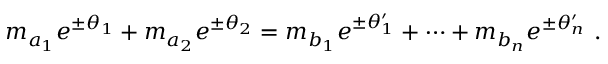
m _ { a _ { 1 } } e ^ { \pm \theta _ { 1 } } + m _ { a _ { 2 } } e ^ { \pm \theta _ { 2 } } = m _ { b _ { 1 } } e ^ { \pm \theta _ { 1 } ^ { \prime } } + \dots + m _ { b _ { n } } e ^ { \pm \theta _ { n } ^ { \prime } } ~ .